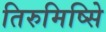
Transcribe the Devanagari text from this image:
तिरुमिष्सिे